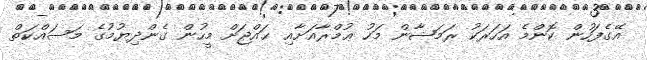
އޭގެފަހުން ކޮންމެ އަހަރަކު ރަމަޟާން މަހު ޢުމްރާއަށާއި ޙައްޖަށް މީހުން ގެންދިޔުމުގެ މަސައްކަތް